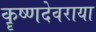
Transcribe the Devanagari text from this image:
कॄष्णदेवराया